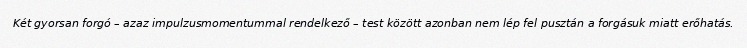
Két gyorsan forgó – azaz impulzusmomentummal rendelkező – test között azonban nem lép fel pusztán a forgásuk miatt erőhatás.